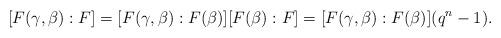
LaTeX: \begin{align*} [F(\gamma,\beta):F]=[F(\gamma,\beta):F(\beta)][F(\beta):F]=[F(\gamma,\beta):F(\beta)](q^n-1).\ \end{align*}